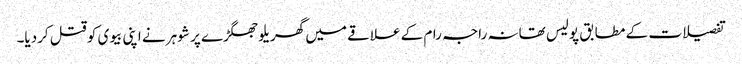
تفصیلات کے مطابق پولیس تھانہ راجہ رام کے علاقے میں گھریلو جھگڑے پر شوہر نے اپنی بیوی کو قتل کردیا۔